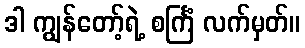
ဒါ ကျွန်တော့်ရဲ့ စင်္ကြံ လက်မှတ်။